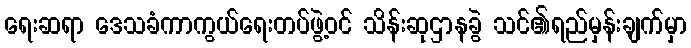
ရေးဆရာ ဒေသခံကာကွယ်ရေးတပ်ဖွဲ့ဝင် သိန်းဆုဌာနခွဲ သင်၏ရည်မှန်းချက်မှာ